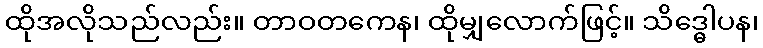
ထိုအလိုသည်လည်း။ တာဝတကေန၊ ထိုမျှလောက်ဖြင့်။ သိဒ္ဓေါပန၊